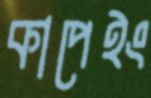
কাপেইং